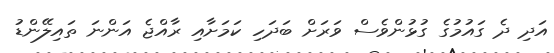
އަދި ދެ ގައުމުގެ ގުޅުންވެސް ވަރަށް ބަދަހި ކަމަށާއި ރާއްޖެ އަންނަ ތައިލޭންޑު